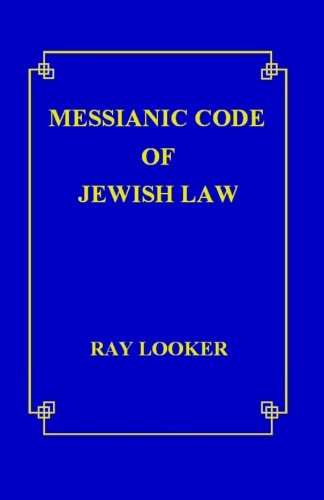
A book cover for Messianic Code of Jewish Law; Dr. Ray Looker Jr.; Christian Books & Bibles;